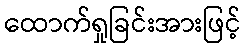
ထောက်ရှုခြင်းအားဖြင့်